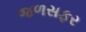
જળસફર